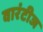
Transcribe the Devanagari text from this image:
वारंटीज